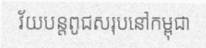
វ័យបន្តពូជសរុបនៅកម្ពុជា